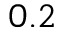
0 . 2